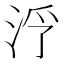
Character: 𱦓